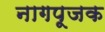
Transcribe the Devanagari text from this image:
नागपूजक